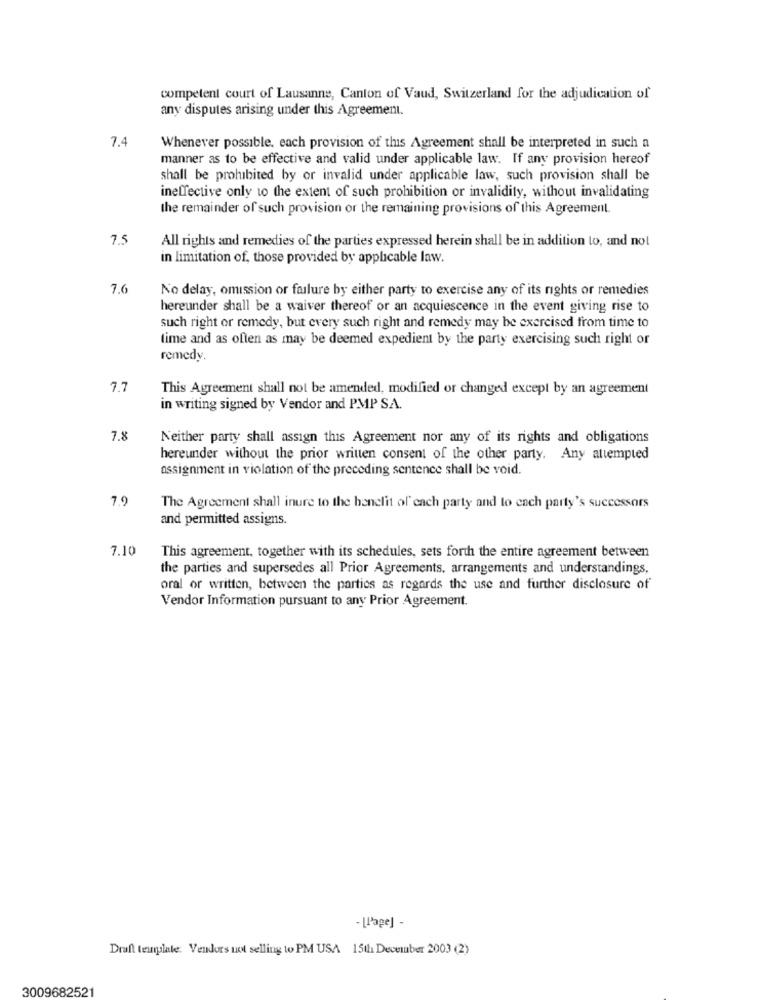
competent court of Lausanne, Canton of Vaud, Switzerland for the adjudication of
any disputes arising under this Agreement.
7.4
Whenever possible, each provision of this Agreement shall be interpreted in such a
manner as to be effective and valid under applicable law. If any provision hereof
shall be prohibited by or invalid under applicable law, such provision shall be
ineffective only to the extent of such prohibition or invalidity, without invalidating
the remainder of such provision or the remaining provisions of this Agreement.
7.5
All rights and remedies of the parties expressed herein shall be in addition to, and not
in limitation of, those provided by applicable law.
7.6
No delay, omission or failure by either party to exercise any of its rights or remedies
hereunder shall be a waiver thereof or an acquiescence in the event giving rise to
such right or remedy, but every such right and remedy may be exercised from time to
time and as often as may be deemed expedient by the party exercising such right or
remedy.
7.7
This Agreement shall not be amended, modified or changed except by an agreement
in writing signed by Vendor and PMP SA.
7.8
Neither party shall assign this Agreement nor any of its rights and obligations
hereunder without the prior written consent of the other party. Any attempted
assignment in violation of the preceding sentence shall be void.
7.9
The Agreement shall inure to the benefit of each party and to ench party's successors
and permitted assigns.
7.10
This agreement, together with its schedules, sets forth the entire agreement between
the parties and supersedes all Prior Agreements, arrangements and understandings,
oral or written, between the parties as regards the use and further disclosure of
Vendor Information pursuant to any Prior Agreement.
- [Page] -
Draft template. Vendors not selling to PM USA 15th December 2003 (2)
3009682521